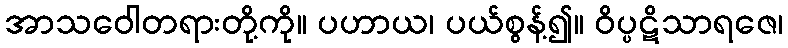
အာသဝေါတရားတို့ကို။ ပဟာယ၊ ပယ်စွန့်၍။ ဝိပ္ပဋိသာရဇေ၊